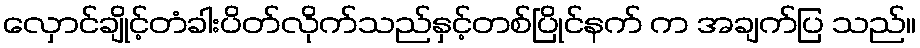
လှောင်ချိုင့်တံခါးပိတ်လိုက်သည်နှင့်တစ်ပြိုင်နက် က အချက်ပြ သည်။